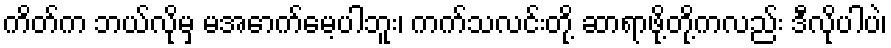
ကိတ်က ဘယ်လိုမှ မအောက်မေ့ပါဘူး၊ ကက်သလင်းတို့ ဆာရာဖို့တို့ကလည်း ဒီလိုပါပဲ၊